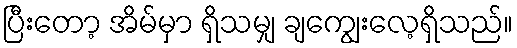
ပြီးတော့ အိမ်မှာ ရှိသမျှ ချကျွေးလေ့ရှိသည်။